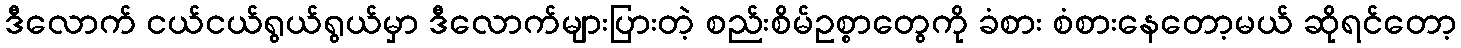
ဒီလောက် ငယ်ငယ်ရွယ်ရွယ်မှာ ဒီလောက်များပြားတဲ့ စည်းစိမ်ဥစ္စာတွေကို ခံစား စံစားနေတော့မယ် ဆိုရင်တော့